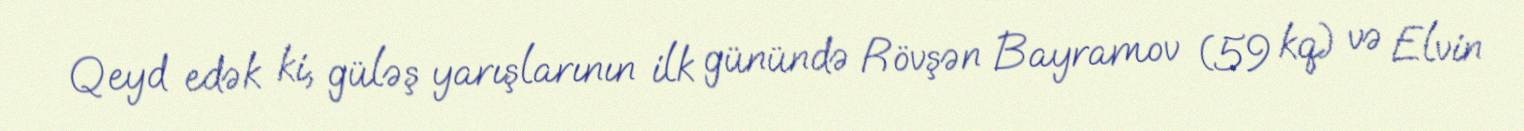
Qeyd edək ki, güləş yarışlarının ilk günündə Rövşən Bayramov (59 kq) və Elvin